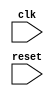
module behavioral_modeling_block (
    input wire clk,
    input wire reset,
    // Add other input/output ports here

);

// Declare your internal signals and variables here

// Always block sensitive to positive edge of the clock signal or negative edge of the reset signal
always @(posedge clk or negedge reset) begin
    if (!reset) begin
        // Execute logic based on reset signal
        // Reset behavior
    end else begin
        // Execute logic based on positive edge of clock signal
        // Clock behavior
    end
end

// Add other logic for the block here

endmodule